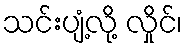
သင်းပျံ့လို့ လှိုင်၊